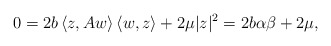
\begin{align*} 0 = 2b\left\langle z,Aw\right\rangle\left\langle w,z\right\rangle + 2\mu |z|^2 = 2b\alpha\beta + 2\mu, \end{align*}